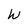
Character: W